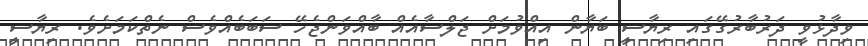
ވިދާޅުވީ ދަރުބާރުގޭގައި ރިޔާސީ ބަޔާން އިއްވުމަށް ޖަލްސާއެއް ބާއްވަންޖެހޭ ސަބަބެއްވެސް ނެތްކަމަށެވެ. ރިޔާސީ